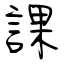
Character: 課